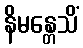
နိမန္တေသိံ